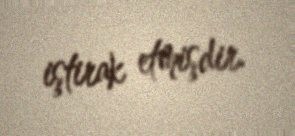
iştirak etmişdir.